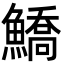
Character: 鱎